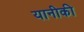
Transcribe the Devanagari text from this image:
यानीकी